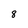
Character: 8